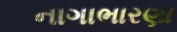
નાગાભારણા